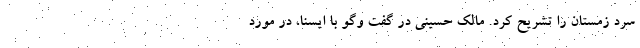
سرد زمستان را تشریح کرد. مالک حسینی در گفت وگو با ایسنا، در مورد